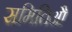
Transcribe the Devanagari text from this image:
समितिऔं